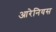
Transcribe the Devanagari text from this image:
आरेनियस